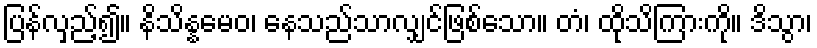
ပြန်လှည့်၍။ နိသိန္နမေဝ၊ နေသည်သာလျှင်ဖြစ်သော။ တံ၊ ထိုသိကြားကို။ ဒိသွာ၊